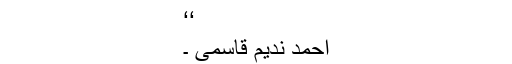
‘‘
احمد ندیم قاسمی ۔